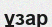
ұзар